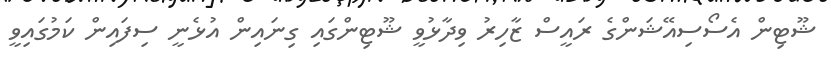
ޝޫޓިން އެސޯސިއޭޝަންގެ ރައީސް ޒާހިރު ވިދާޅުވީ ޝޫޓިންގައި ގިނައިން އުޅެނީ ސިފައިން ކަމުގައިވީ